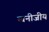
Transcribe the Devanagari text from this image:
खनीजीय